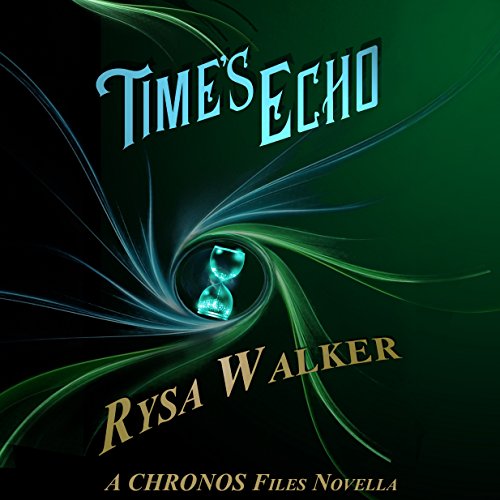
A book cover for Time's Echo: A CHRONOS Files Novella; Rysa Walker; Science Fiction & Fantasy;